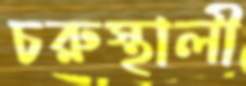
চরুস্থালী